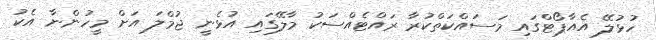
ހުޅުލޭ އެއާޕޯޓްގައި މަސައްކަތްކުރާ ރައްޓެއްސަކު މާލޭގައި އުޅެނީ ޖުމްލަ އަށް މީހުންނާ އެކު